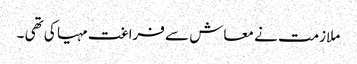
ملازمت نے معاش سے فراغت مہیا کی تھی ۔